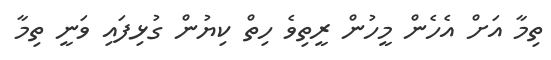
ތިމާ އަށް އެހެން މީހުން ރީތިވެ ހިތް ކިޔުން ގުޅިފައި ވަނީ ތިމާ